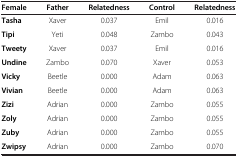
<table><thead><tr><td><b>Female</b></td><td><b>Father</b></td><td><b>Relatedness</b></td><td><b>Control</b></td><td><b>Relatedness</b></td></tr></thead><tbody><tr><td><b>Tasha</b></td><td>Xaver</td><td>0.037</td><td>Emil</td><td>0.016</td></tr><tr><td><b>Tipi</b></td><td>Yeti</td><td>0.048</td><td>Zambo</td><td>0.043</td></tr><tr><td><b>Tweety</b></td><td>Xaver</td><td>0.037</td><td>Emil</td><td>0.016</td></tr><tr><td><b>Undine</b></td><td>Zambo</td><td>0.070</td><td>Xaver</td><td>0.053</td></tr><tr><td><b>Vicky</b></td><td>Beetle</td><td>0.000</td><td>Adam</td><td>0.063</td></tr><tr><td><b>Vivian</b></td><td>Beetle</td><td>0.000</td><td>Adam</td><td>0.063</td></tr><tr><td><b>Zizi</b></td><td>Adrian</td><td>0.000</td><td>Zambo</td><td>0.055</td></tr><tr><td><b>Zoly</b></td><td>Adrian</td><td>0.000</td><td>Zambo</td><td>0.055</td></tr><tr><td><b>Zuby</b></td><td>Adrian</td><td>0.000</td><td>Zambo</td><td>0.055</td></tr><tr><td><b>Zwipsy</b></td><td>Adrian</td><td>0.000</td><td>Zambo</td><td>0.070</td></tr></tbody></table>